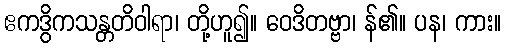
ဧကဒွိကသန္တတိဝါရာ၊ တို့ဟူ၍။ ဝေဒိတဗ္ဗာ၊ န်၏။ ပန၊ ကား။